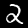
Digit: 2